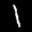
Label: 1